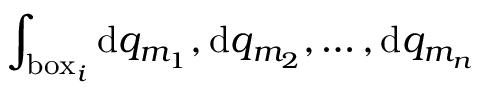
\int _ { \mathrm { b o x } _ { i } } \mathrm { d } q _ { m _ { 1 } } , \mathrm { d } q _ { m _ { 2 } } , \dots , \mathrm { d } q _ { m _ { n } }